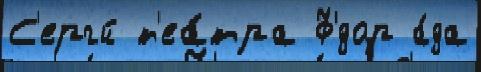
С'ергй т'еа́тра Ф'́дор а́да